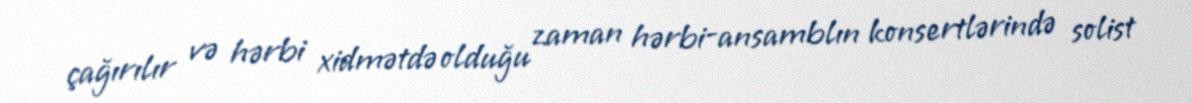
çağırılır və hərbi xidmətdə olduğu zaman hərbi-ansamblın konsertlərində solist